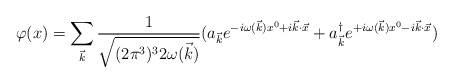
\begin{align*}\varphi(x)=\sum_{{\vec k} }{1\over \sqrt{(2\pi^3)^3 2\omega({\vec k} )}}( a_{{\vec k} } e^{-i\omega({\vec k} ) x^0 + i{\vec k}\cdot{\vec x} }+a^{\dag} _{{\vec k} } e^{+i\omega({\vec k} ) x^0 - i{\vec k}\cdot{\vec x} })\end{align*}